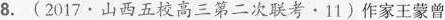
8. (2017·山西五校高三第二次联考·11)作家王蒙曾